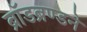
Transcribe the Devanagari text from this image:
ब्रॉडब्रण्डने